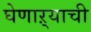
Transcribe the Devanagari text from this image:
घेणाऱ्याची